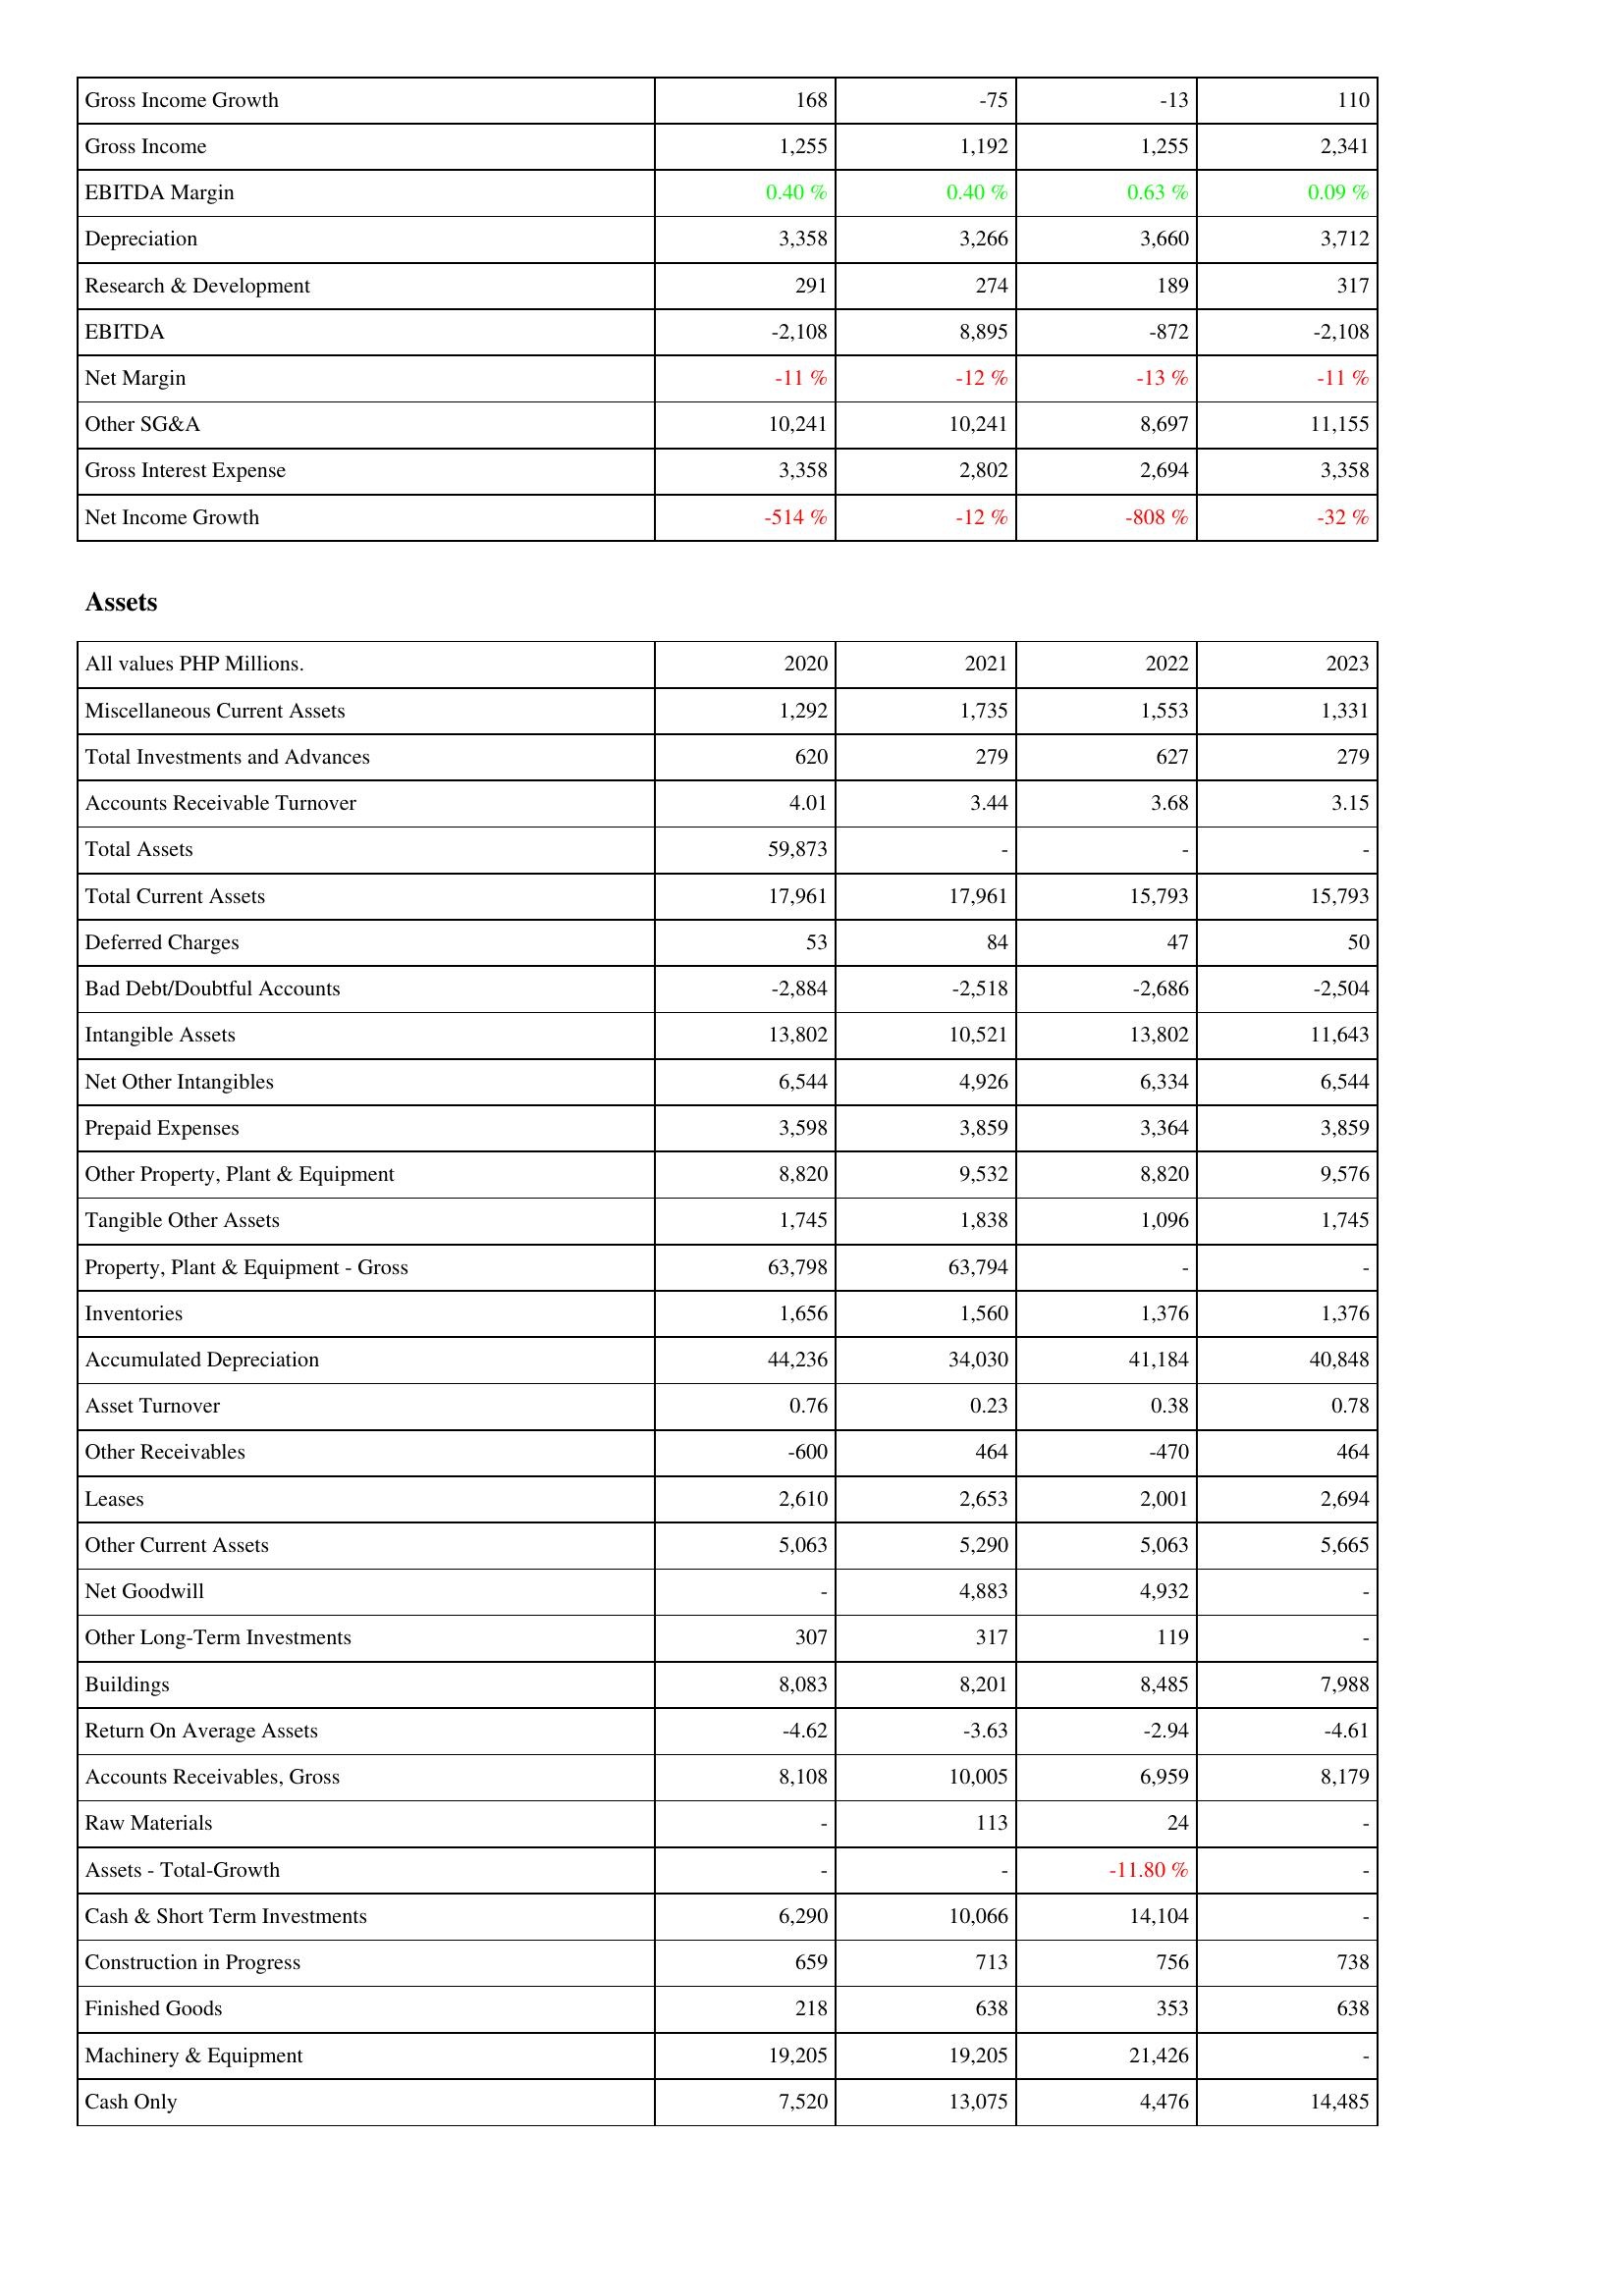
2020: Income Statement: Gross Income Growth: 168
Gross Income: 1,255
EBITDA Margin: 0.40 %
Depreciation: 3,358
Research & Development: 291
EBITDA: -2,108
Net Margin: -11 %
Other SG&A: 10,241
Gross Interest Expense: 3,358
Net Income Growth: -514 %
Assets: Miscellaneous Current Assets: 1,292
Total Investments and Advances: 620
Accounts Receivable Turnover: 4.01
Total Assets: 59,873
Total Current Assets: 17,961
Deferred Charges: 53
Bad Debt/Doubtful Accounts: -2,884
Intangible Assets: 13,802
Net Other Intangibles: 6,544
Prepaid Expenses: 3,598
Other Property, Plant & Equipment: 8,820
Tangible Other Assets: 1,745
Property, Plant & Equipment - Gross: 63,798
Inventories: 1,656
Accumulated Depreciation: 44,236
Asset Turnover: 0.76
Other Receivables: -600
Leases: 2,610
Other Current Assets: 5,063
Net Goodwill: -
Other Long-Term Investments: 307
Buildings: 8,083
Return On Average Assets: -4.62
Accounts Receivables, Gross: 8,108
Raw Materials: -
Assets - Total-Growth: -
Cash & Short Term Investments: 6,290
Construction in Progress: 659
Finished Goods: 218
Machinery & Equipment: 19,205
Cash Only: 7,520
2021: Income Statement: Gross Income Growth: -75
Gross Income: 1,192
EBITDA Margin: 0.40 %
Depreciation: 3,266
Research & Development: 274
EBITDA: 8,895
Net Margin: -12 %
Other SG&A: 10,241
Gross Interest Expense: 2,802
Net Income Growth: -12 %
Assets: Miscellaneous Current Assets: 1,735
Total Investments and Advances: 279
Accounts Receivable Turnover: 3.44
Total Assets: -
Total Current Assets: 17,961
Deferred Charges: 84
Bad Debt/Doubtful Accounts: -2,518
Intangible Assets: 10,521
Net Other Intangibles: 4,926
Prepaid Expenses: 3,859
Other Property, Plant & Equipment: 9,532
Tangible Other Assets: 1,838
Property, Plant & Equipment - Gross: 63,794
Inventories: 1,560
Accumulated Depreciation: 34,030
Asset Turnover: 0.23
Other Receivables: 464
Leases: 2,653
Other Current Assets: 5,290
Net Goodwill: 4,883
Other Long-Term Investments: 317
Buildings: 8,201
Return On Average Assets: -3.63
Accounts Receivables, Gross: 10,005
Raw Materials: 113
Assets - Total-Growth: -
Cash & Short Term Investments: 10,066
Construction in Progress: 713
Finished Goods: 638
Machinery & Equipment: 19,205
Cash Only: 13,075
2022: Income Statement: Gross Income Growth: -13
Gross Income: 1,255
EBITDA Margin: 0.63 %
Depreciation: 3,660
Research & Development: 189
EBITDA: -872
Net Margin: -13 %
Other SG&A: 8,697
Gross Interest Expense: 2,694
Net Income Growth: -808 %
Assets: Miscellaneous Current Assets: 1,553
Total Investments and Advances: 627
Accounts Receivable Turnover: 3.68
Total Assets: -
Total Current Assets: 15,793
Deferred Charges: 47
Bad Debt/Doubtful Accounts: -2,686
Intangible Assets: 13,802
Net Other Intangibles: 6,334
Prepaid Expenses: 3,364
Other Property, Plant & Equipment: 8,820
Tangible Other Assets: 1,096
Property, Plant & Equipment - Gross: -
Inventories: 1,376
Accumulated Depreciation: 41,184
Asset Turnover: 0.38
Other Receivables: -470
Leases: 2,001
Other Current Assets: 5,063
Net Goodwill: 4,932
Other Long-Term Investments: 119
Buildings: 8,485
Return On Average Assets: -2.94
Accounts Receivables, Gross: 6,959
Raw Materials: 24
Assets - Total-Growth: -11.80 %
Cash & Short Term Investments: 14,104
Construction in Progress: 756
Finished Goods: 353
Machinery & Equipment: 21,426
Cash Only: 4,476
2023: Income Statement: Gross Income Growth: 110
Gross Income: 2,341
EBITDA Margin: 0.09 %
Depreciation: 3,712
Research & Development: 317
EBITDA: -2,108
Net Margin: -11 %
Other SG&A: 11,155
Gross Interest Expense: 3,358
Net Income Growth: -32 %
Assets: Miscellaneous Current Assets: 1,331
Total Investments and Advances: 279
Accounts Receivable Turnover: 3.15
Total Assets: -
Total Current Assets: 15,793
Deferred Charges: 50
Bad Debt/Doubtful Accounts: -2,504
Intangible Assets: 11,643
Net Other Intangibles: 6,544
Prepaid Expenses: 3,859
Other Property, Plant & Equipment: 9,576
Tangible Other Assets: 1,745
Property, Plant & Equipment - Gross: -
Inventories: 1,376
Accumulated Depreciation: 40,848
Asset Turnover: 0.78
Other Receivables: 464
Leases: 2,694
Other Current Assets: 5,665
Net Goodwill: -
Other Long-Term Investments: -
Buildings: 7,988
Return On Average Assets: -4.61
Accounts Receivables, Gross: 8,179
Raw Materials: -
Assets - Total-Growth: -
Cash & Short Term Investments: -
Construction in Progress: 738
Finished Goods: 638
Machinery & Equipment: -
Cash Only: 14,485